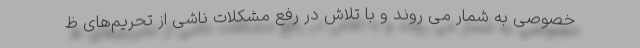
خصوصی به شمار می روند و با تلاش در رفع مشکلات ناشی از تحریم‌های ظ